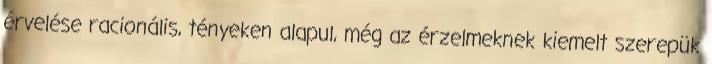
érvelése racionális, tényeken alapul, még az érzelmeknek kiemelt szerepük